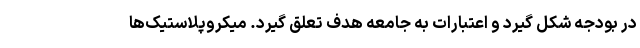
در بودجه شکل گیرد و اعتبارات به جامعه هدف تعلق گیرد. میکروپلاستیک‌ها